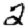
Digit: 2